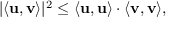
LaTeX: | \langle \mathbf { u } , \mathbf { v } \rangle | ^ { 2 } \leq \langle \mathbf { u } , \mathbf { u } \rangle \cdot \langle \mathbf { v } , \mathbf { v } \rangle ,